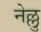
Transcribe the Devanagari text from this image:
नेल्लु